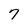
Character: 7